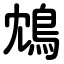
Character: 鴆